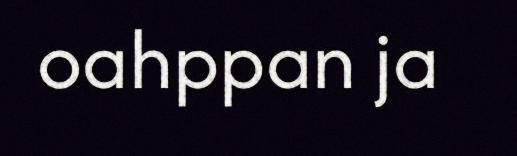
oahppan ja